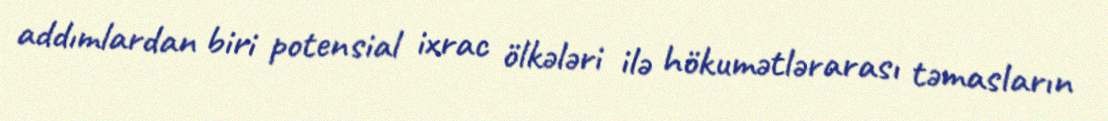
addımlardan biri potensial ixrac ölkələri ilə hökumətlərarası təmasların